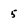
Character: 5